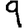
Digit: 9